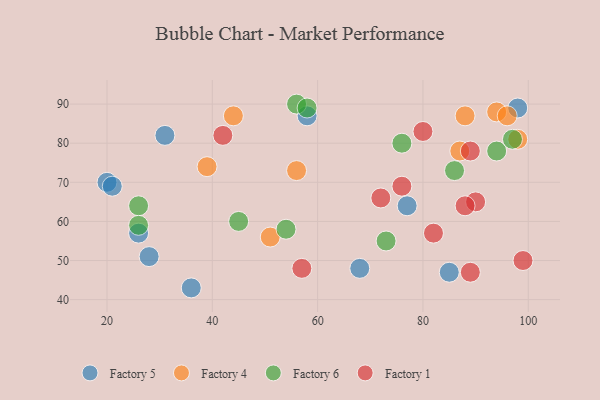
{"axis": {"x": "GDP", "y": "Life Expectancy"}, "legend": ["Factory 1", "Factory 4", "Factory 5", "Factory 6"], "data": [{"x": "85", "y": 47, "type": "Factory 5"}, {"x": "20", "y": 70, "type": "Factory 5"}, {"x": "21", "y": 69, "type": "Factory 5"}, {"x": "58", "y": 87, "type": "Factory 5"}, {"x": "31", "y": 82, "type": "Factory 5"}, {"x": "36", "y": 43, "type": "Factory 5"}, {"x": "98", "y": 89, "type": "Factory 5"}, {"x": "68", "y": 48, "type": "Factory 5"}, {"x": "26", "y": 57, "type": "Factory 5"}, {"x": "28", "y": 51, "type": "Factory 5"}, {"x": "77", "y": 64, "type": "Factory 5"}, {"x": "39", "y": 74, "type": "Factory 4"}, {"x": "44", "y": 87, "type": "Factory 4"}, {"x": "56", "y": 73, "type": "Factory 4"}, {"x": "94", "y": 88, "type": "Factory 4"}, {"x": "88", "y": 87, "type": "Factory 4"}, {"x": "51", "y": 56, "type": "Factory 4"}, {"x": "98", "y": 81, "type": "Factory 4"}, {"x": "87", "y": 78, "type": "Factory 4"}, {"x": "96", "y": 87, "type": "Factory 4"}, {"x": "56", "y": 90, "type": "Factory 6"}, {"x": "45", "y": 60, "type": "Factory 6"}, {"x": "26", "y": 64, "type": "Factory 6"}, {"x": "94", "y": 78, "type": "Factory 6"}, {"x": "97", "y": 81, "type": "Factory 6"}, {"x": "73", "y": 55, "type": "Factory 6"}, {"x": "26", "y": 59, "type": "Factory 6"}, {"x": "86", "y": 73, "type": "Factory 6"}, {"x": "54", "y": 58, "type": "Factory 6"}, {"x": "58", "y": 89, "type": "Factory 6"}, {"x": "76", "y": 80, "type": "Factory 6"}, {"x": "90", "y": 65, "type": "Factory 1"}, {"x": "72", "y": 66, "type": "Factory 1"}, {"x": "76", "y": 69, "type": "Factory 1"}, {"x": "89", "y": 78, "type": "Factory 1"}, {"x": "57", "y": 48, "type": "Factory 1"}, {"x": "42", "y": 82, "type": "Factory 1"}, {"x": "88", "y": 64, "type": "Factory 1"}, {"x": "99", "y": 50, "type": "Factory 1"}, {"x": "89", "y": 47, "type": "Factory 1"}, {"x": "80", "y": 83, "type": "Factory 1"}, {"x": "82", "y": 57, "type": "Factory 1"}]}